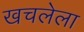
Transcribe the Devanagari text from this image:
खचलेला